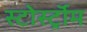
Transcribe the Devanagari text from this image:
स्टोर्स्ट्रॉम